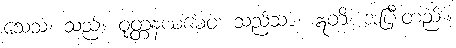
သေသံ၊ သည်။ ဝုတ္တနယမေဝ၊ သည်သာ။ ဣတိ၊ အပြီးတည်း။